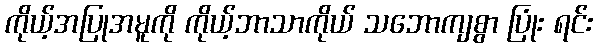
ကိုယ့်အပြုအမူကို ကိုယ့်ဘာသာကိုယ် သဘောကျစွာ ပြုံး ရင်း